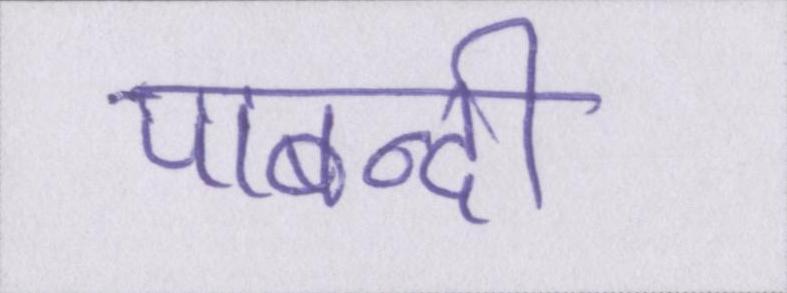
पाबन्दी